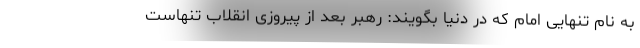
به نام تنهایی امام که در دنیا بگویند: رهبر بعد از پیروزی انقلاب تنهاست